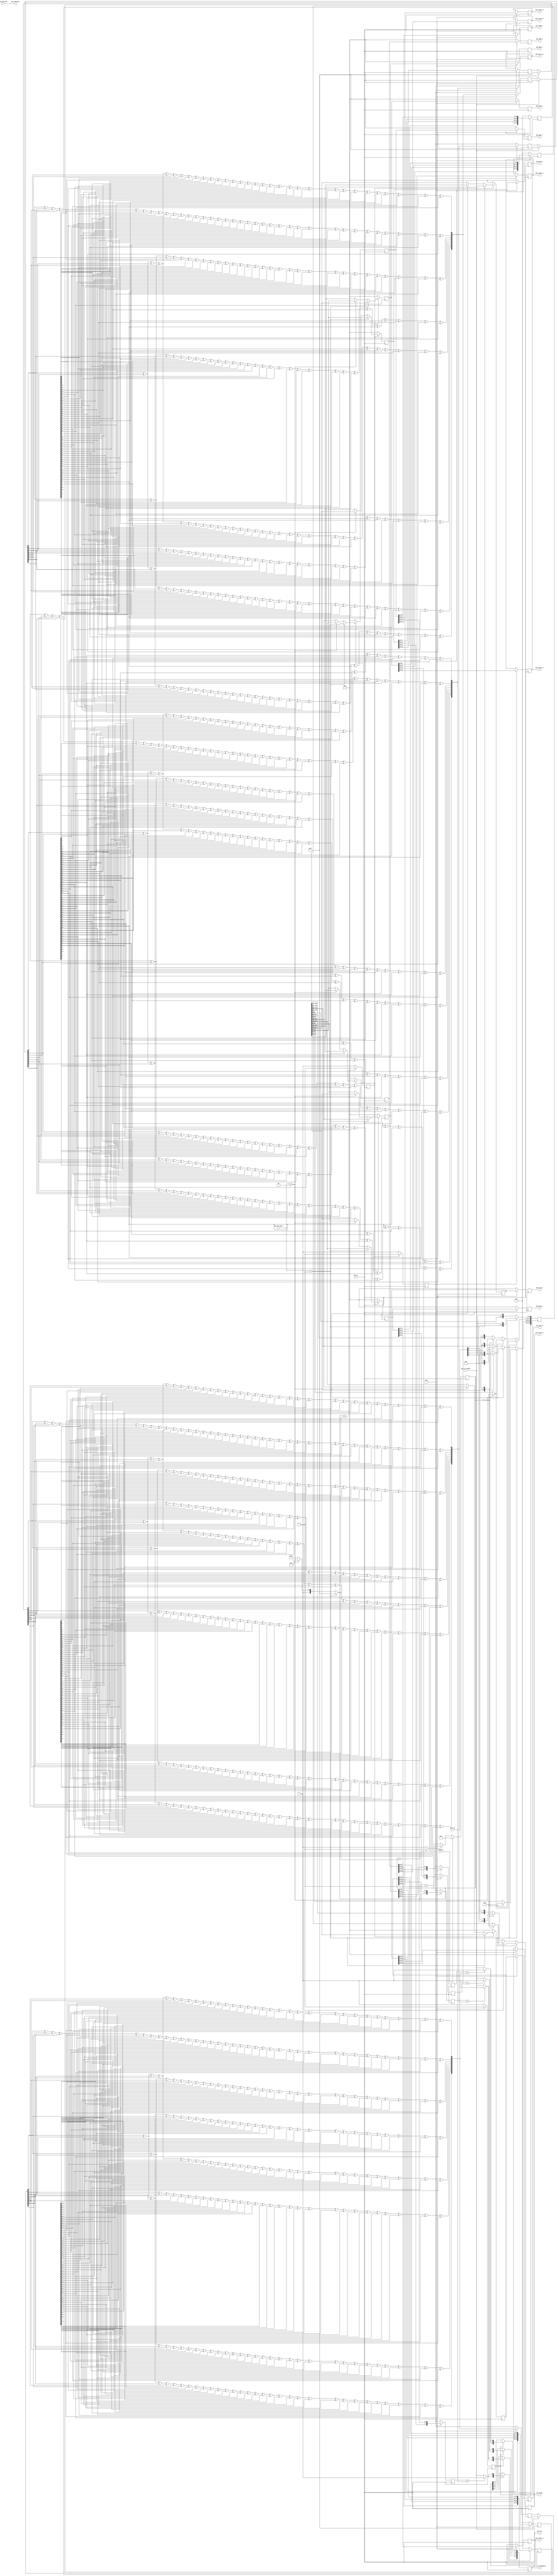
// ***************************************************************************
// ***************************************************************************
// Copyright (C) 2022-2023 Analog Devices, Inc. All rights reserved.
//
// In this HDL repository, there are many different and unique modules, consisting
// of various HDL (Verilog or VHDL) components. The individual modules are
// developed independently, and may be accompanied by separate and unique license
// terms.
//
// The user should read each of these license terms, and understand the
// freedoms and responsibilities that he or she has by using this source/core.
//
// This core is distributed in the hope that it will be useful, but WITHOUT ANY
// WARRANTY; without even the implied warranty of MERCHANTABILITY or FITNESS FOR
// A PARTICULAR PURPOSE.
//
// Redistribution and use of source or resulting binaries, with or without modification
// of this file, are permitted under one of the following two license terms:
//
//   1. The GNU General Public License version 2 as published by the
//      Free Software Foundation, which can be found in the top level directory
//      of this repository (LICENSE_GPL2), and also online at:
//      <https://www.gnu.org/licenses/old-licenses/gpl-2.0.html>
//
// OR
//
//   2. An ADI specific BSD license, which can be found in the top level directory
//      of this repository (LICENSE_ADIBSD), and also on-line at:
//      https://github.com/analogdevicesinc/hdl/blob/master/LICENSE_ADIBSD
//      This will allow to generate bit files and not release the source code,
//      as long as it attaches to an ADI device.
//
// ***************************************************************************
// ***************************************************************************

`timescale 1ns/100ps

module axi_ad777x_if (

  // device-interface

  input                 clk_in,
  input                 ready_in,
  output                sync_adc_mosi,
  input                 sync_adc_miso,
  input   [ 3:0]        data_in,
  input   [ 4:0]        adc_num_lanes,
  input                 adc_crc_enable,

  // data path interface

  output                adc_clk,
  output                adc_valid,
  output   [ 7:0]       adc_crc_ch_mismatch,
  output   [31:0]       adc_data_0,
  output   [31:0]       adc_data_1,
  output   [31:0]       adc_data_2,
  output   [31:0]       adc_data_3,
  output   [31:0]       adc_data_4,
  output   [31:0]       adc_data_5,
  output   [31:0]       adc_data_6,
  output   [31:0]       adc_data_7,
  output   [ 7:0]       adc_status_0,
  output   [ 7:0]       adc_status_1,
  output   [ 7:0]       adc_status_2,
  output   [ 7:0]       adc_status_3,
  output   [ 7:0]       adc_status_4,
  output   [ 7:0]       adc_status_5,
  output   [ 7:0]       adc_status_6,
  output   [ 7:0]       adc_status_7
);

  // internal registers

  reg      [ 8:0]       adc_cnt_p     = 'd0;
  reg                   adc_valid_p   = 'd0;
  reg     [255:0]       adc_data_p    = 'd0;
  reg      [31:0]       adc_data_0_s  = 'd0;
  reg      [31:0]       adc_data_1_s  = 'd0;
  reg      [31:0]       adc_data_2_s  = 'd0;
  reg      [31:0]       adc_data_3_s  = 'd0;
  reg      [31:0]       adc_data_4_s  = 'd0;
  reg      [31:0]       adc_data_5_s  = 'd0;
  reg      [31:0]       adc_data_6_s  = 'd0;
  reg      [31:0]       adc_data_7_s  = 'd0;
  reg      [31:0]       adc_data_0_s_d  = 'd0;
  reg      [31:0]       adc_data_1_s_d  = 'd0;
  reg      [31:0]       adc_data_2_s_d  = 'd0;
  reg      [31:0]       adc_data_3_s_d  = 'd0;
  reg      [31:0]       adc_data_4_s_d  = 'd0;
  reg      [31:0]       adc_data_5_s_d  = 'd0;
  reg      [31:0]       adc_data_6_s_d  = 'd0;
  reg      [31:0]       adc_data_7_s_d  = 'd0;
  reg                   adc_valid_s    = 'b0;
  reg                   adc_valid_s_d  = 'b0;
  reg      [ 7:0]       adc_crc_read_data_0_1 = 'd0;
  reg      [ 7:0]       adc_crc_read_data_2_3 = 'd0;
  reg      [ 7:0]       adc_crc_read_data_4_5 = 'd0;
  reg      [ 7:0]       adc_crc_read_data_6_7 = 'd0;
  reg      [55:0]       adc_crc_data_0_1 = 'd0;
  reg      [55:0]       adc_crc_data_2_3 = 'd0;
  reg      [55:0]       adc_crc_data_4_5 = 'd0;
  reg      [55:0]       adc_crc_data_6_7 = 'd0;
  reg      [ 7:0]       adc_crc_reg_0_1 = 'd0;
  reg      [ 7:0]       adc_crc_reg_2_3 = 'd0;
  reg      [ 7:0]       adc_crc_reg_4_5 = 'd0;
  reg      [ 7:0]       adc_crc_reg_6_7 = 'd0;
  reg      [ 7:0]       adc_status_0_s = 'd0;
  reg      [ 7:0]       adc_status_1_s = 'd0;
  reg      [ 7:0]       adc_status_2_s = 'd0;
  reg      [ 7:0]       adc_status_3_s = 'd0;
  reg      [ 7:0]       adc_status_4_s = 'd0;
  reg      [ 7:0]       adc_status_5_s = 'd0;
  reg      [ 7:0]       adc_status_6_s = 'd0;
  reg      [ 7:0]       adc_status_7_s = 'd0;
  reg      [ 7:0]       adc_crc_ch_mismatch_s = 'd0;

  // internal signals

  wire                  adc_cnt_enable_s;
  wire                  adc_ready_in_s;
  wire    [ 8:0]        adc_cnt_value;
  wire    [ 7:0]        adc_crc_in_s_0_1;
  wire    [ 7:0]        adc_crc_in_s_2_3;
  wire    [ 7:0]        adc_crc_in_s_4_5;
  wire    [ 7:0]        adc_crc_in_s_6_7;
  wire    [ 7:0]        adc_crc_s_0_1;
  wire    [ 7:0]        adc_crc_s_2_3;
  wire    [ 7:0]        adc_crc_s_4_5;
  wire    [ 7:0]        adc_crc_s_6_7;
  wire                  adc_crc_mismatch_s_0_1;
  wire                  adc_crc_mismatch_s_2_3;
  wire                  adc_crc_mismatch_s_4_5;
  wire                  adc_crc_mismatch_s_6_7;

  assign adc_valid      = adc_valid_s_d;
  assign adc_ready_in_s = ready_in;
  assign adc_data_0     = adc_data_0_s_d;
  assign adc_data_1     = adc_data_1_s_d;
  assign adc_data_2     = adc_data_2_s_d;
  assign adc_data_3     = adc_data_3_s_d;
  assign adc_data_4     = adc_data_4_s_d;
  assign adc_data_5     = adc_data_5_s_d;
  assign adc_data_6     = adc_data_6_s_d;
  assign adc_data_7     = adc_data_7_s_d;
  assign sync_adc_mosi  = sync_adc_miso;
  assign adc_clk        = clk_in;

  assign adc_status_0   = adc_status_0_s;
  assign adc_status_1   = adc_status_1_s;
  assign adc_status_2   = adc_status_2_s;
  assign adc_status_3   = adc_status_3_s;
  assign adc_status_4   = adc_status_4_s;
  assign adc_status_5   = adc_status_5_s;
  assign adc_status_6   = adc_status_6_s;
  assign adc_status_7   = adc_status_7_s;
  assign adc_crc_ch_mismatch = adc_crc_ch_mismatch_s;

 // function (crc)

  function  [ 7:0]  crc8;
    input   [55:0]  din;
    input   [ 7:0]  cin;
    reg     [ 7:0]  cout;
    begin
      cout[0] = cin[ 0] ^ cin[ 1] ^ cin[ 2] ^ cin[ 4] ^ cin[ 5] ^ cin[ 6] ^ din[ 0] ^ din[ 6] ^ din[ 7] ^ din[ 8] ^ din[12] ^ din[14] ^ din[16] ^
                din[18] ^ din[19] ^ din[21] ^ din[23] ^ din[28] ^ din[30] ^ din[31] ^ din[34] ^ din[35] ^ din[39] ^ din[40] ^ din[43] ^ din[45] ^
                din[48] ^ din[49] ^ din[50] ^ din[52] ^ din[53] ^ din[54];
      cout[1] = cin[ 0] ^ cin[ 3] ^ cin[ 4] ^ cin[ 7] ^ din[ 0] ^ din[ 1] ^ din[ 6] ^ din[ 9] ^ din[12] ^ din[13] ^ din[14] ^ din[15] ^ din[16] ^
                din[17] ^ din[18] ^ din[20] ^ din[21] ^ din[22] ^ din[23] ^ din[24] ^ din[28] ^ din[29] ^ din[30] ^ din[32] ^ din[34] ^ din[36] ^
                din[39] ^ din[41] ^ din[43] ^ din[44] ^ din[45] ^ din[46] ^ din[48] ^ din[51] ^ din[52] ^ din[55];
      cout[2] = cin[ 0] ^ cin[ 2] ^ cin[ 6] ^ din[ 0] ^ din[ 1] ^ din[ 2] ^ din[ 6] ^ din[ 8] ^ din[10] ^ din[12] ^ din[13] ^ din[15] ^ din[17] ^
                din[22] ^ din[24] ^ din[25] ^ din[28] ^ din[29] ^ din[33] ^ din[34] ^ din[37] ^ din[39] ^ din[42] ^ din[43] ^ din[44] ^ din[46] ^
                din[47] ^ din[48] ^ din[50] ^ din[54];
      cout[3] = cin[ 0] ^ cin[ 1] ^ cin[ 3] ^ cin[ 7] ^ din[ 1] ^ din[ 2] ^ din[ 3] ^ din[ 7] ^ din[ 9] ^ din[11] ^ din[13] ^ din[14] ^ din[16] ^
                din[18] ^ din[23] ^ din[25] ^ din[26] ^ din[29] ^ din[30] ^ din[34] ^ din[35] ^ din[38] ^ din[40] ^ din[43] ^ din[44] ^ din[45] ^
                din[47] ^ din[48] ^ din[49] ^ din[51] ^ din[55];
      cout[4] = cin[ 0] ^ cin[ 1] ^ cin[ 2] ^ cin[ 4] ^ din[ 2] ^ din[ 3] ^ din[ 4] ^ din[ 8] ^ din[10] ^ din[12] ^ din[14] ^ din[15] ^ din[17] ^
                din[19] ^ din[24] ^ din[26] ^ din[27] ^ din[30] ^ din[31] ^ din[35] ^ din[36] ^ din[39] ^ din[41] ^ din[44] ^ din[45] ^ din[46] ^
                din[48] ^ din[49] ^ din[50] ^ din[52];
      cout[5] = cin[ 1] ^ cin[ 2] ^ cin[ 3] ^ cin[ 5] ^ din[ 3] ^ din[ 4] ^ din[ 5] ^ din[ 9] ^ din[11] ^ din[13] ^ din[15] ^ din[16] ^ din[18] ^
                din[20] ^ din[25] ^ din[27] ^ din[28] ^ din[31] ^ din[32] ^ din[36] ^ din[37] ^ din[40] ^ din[42] ^ din[45] ^ din[46] ^ din[47] ^
                din[49] ^ din[50] ^ din[51] ^ din[53];
      cout[6] = cin[ 0] ^ cin[ 2] ^ cin[ 3] ^ cin[ 4] ^ cin[ 6] ^ din[ 4] ^ din[ 5] ^ din[ 6] ^ din[10] ^ din[12] ^ din[14] ^ din[16] ^ din[17] ^
                din[19] ^ din[21] ^ din[26] ^ din[28] ^ din[29] ^ din[32] ^ din[33] ^ din[37] ^ din[38] ^ din[41] ^ din[43] ^ din[46] ^ din[47] ^
                din[48] ^ din[50] ^ din[51] ^ din[52] ^ din[54];
      cout[7] = cin[ 0] ^ cin[ 1] ^ cin[ 3] ^ cin[ 4] ^ cin[ 5] ^ cin[ 7] ^ din[ 5] ^ din[ 6] ^ din[ 7] ^ din[11] ^ din[13] ^ din[15] ^ din[17] ^
                din[18] ^ din[20] ^ din[22] ^ din[27] ^ din[29] ^ din[30] ^ din[33] ^ din[34] ^ din[38] ^ din[39] ^ din[42] ^ din[44] ^ din[47] ^
                din[48] ^ din[49] ^ din[51] ^ din[52] ^ din[53] ^ din[55];
      crc8 = cout;
    end
  endfunction

  //crc computing

  assign adc_crc_s_0_1 = crc8(adc_crc_data_0_1, adc_crc_in_s_0_1);
  assign adc_crc_s_2_3 = crc8(adc_crc_data_2_3, adc_crc_in_s_2_3);
  assign adc_crc_s_4_5 = crc8(adc_crc_data_4_5, adc_crc_in_s_4_5);
  assign adc_crc_s_6_7 = crc8(adc_crc_data_6_7, adc_crc_in_s_6_7);

  assign adc_crc_in_s_0_1 = (adc_crc_enable == 'd1) ? 8'hff : adc_crc_reg_0_1;
  assign adc_crc_in_s_2_3 = (adc_crc_enable == 'd1) ? 8'hff : adc_crc_reg_2_3;
  assign adc_crc_in_s_4_5 = (adc_crc_enable == 'd1) ? 8'hff : adc_crc_reg_4_5;
  assign adc_crc_in_s_6_7 = (adc_crc_enable == 'd1) ? 8'hff : adc_crc_reg_6_7;

  assign adc_crc_mismatch_s_0_1 = (adc_crc_read_data_0_1 == adc_crc_s_0_1) ? 1'b0 : adc_crc_enable;
  assign adc_crc_mismatch_s_2_3 = (adc_crc_read_data_2_3 == adc_crc_s_2_3) ? 1'b0 : adc_crc_enable;
  assign adc_crc_mismatch_s_4_5 = (adc_crc_read_data_4_5 == adc_crc_s_4_5) ? 1'b0 : adc_crc_enable;
  assign adc_crc_mismatch_s_6_7 = (adc_crc_read_data_6_7 == adc_crc_s_6_7) ? 1'b0 : adc_crc_enable;

  always @(posedge adc_clk) begin
   adc_status_0_s   <= (adc_valid_s == 1'b1 ) ? adc_data_0_s[31:24]: adc_status_0_s;
   adc_status_1_s   <= (adc_valid_s == 1'b1 ) ? adc_data_1_s[31:24]: adc_status_1_s;
   adc_status_2_s   <= (adc_valid_s == 1'b1 ) ? adc_data_2_s[31:24]: adc_status_2_s;
   adc_status_3_s   <= (adc_valid_s == 1'b1 ) ? adc_data_3_s[31:24]: adc_status_3_s;
   adc_status_4_s   <= (adc_valid_s == 1'b1 ) ? adc_data_4_s[31:24]: adc_status_4_s;
   adc_status_5_s   <= (adc_valid_s == 1'b1 ) ? adc_data_5_s[31:24]: adc_status_5_s;
   adc_status_6_s   <= (adc_valid_s == 1'b1 ) ? adc_data_6_s[31:24]: adc_status_6_s;
   adc_status_7_s   <= (adc_valid_s == 1'b1 ) ? adc_data_7_s[31:24]: adc_status_7_s;

   adc_crc_ch_mismatch_s[1:0] <= (adc_valid_s_d == 1'b1 ) ? {2{adc_crc_mismatch_s_0_1}} : adc_crc_ch_mismatch_s[1:0];
   adc_crc_ch_mismatch_s[3:2] <= (adc_valid_s_d == 1'b1 ) ? {2{adc_crc_mismatch_s_2_3}} : adc_crc_ch_mismatch_s[3:2];
   adc_crc_ch_mismatch_s[5:4] <= (adc_valid_s_d == 1'b1 ) ? {2{adc_crc_mismatch_s_4_5}} : adc_crc_ch_mismatch_s[5:4];
   adc_crc_ch_mismatch_s[7:6] <= (adc_valid_s_d == 1'b1 ) ? {2{adc_crc_mismatch_s_6_7}} : adc_crc_ch_mismatch_s[7:6];
  end

  // crc generation/validation data

  always @(posedge adc_clk) begin
    if (adc_valid_s == 1'b1) begin
      adc_crc_reg_0_1        <= adc_crc_s_0_1;
      adc_crc_reg_2_3        <= adc_crc_s_2_3;
      adc_crc_reg_4_5        <= adc_crc_s_4_5;
      adc_crc_reg_6_7        <= adc_crc_s_6_7;
      adc_crc_read_data_0_1  <= {adc_data_0_s[27:24],adc_data_1_s[27:24]};
      adc_crc_read_data_2_3  <= {adc_data_2_s[27:24],adc_data_3_s[27:24]};
      adc_crc_read_data_4_5  <= {adc_data_4_s[27:24],adc_data_5_s[27:24]};
      adc_crc_read_data_6_7  <= {adc_data_6_s[27:24],adc_data_7_s[27:24]};
      adc_crc_data_0_1       <= {adc_data_0_s[31:28],adc_data_0_s[23:0],adc_data_1_s[31:28],adc_data_1_s[23:0]};
      adc_crc_data_2_3       <= {adc_data_2_s[31:28],adc_data_2_s[23:0],adc_data_3_s[31:28],adc_data_3_s[23:0]};
      adc_crc_data_4_5       <= {adc_data_4_s[31:28],adc_data_4_s[23:0],adc_data_5_s[31:28],adc_data_5_s[23:0]};
      adc_crc_data_6_7       <= {adc_data_6_s[31:28],adc_data_6_s[23:0],adc_data_7_s[31:28],adc_data_7_s[23:0]};
    end else begin
      adc_crc_reg_0_1        <= 'd0;
      adc_crc_reg_2_3        <= 'd0;
      adc_crc_reg_4_5        <= 'd0;
      adc_crc_reg_6_7        <= 'd0;
      adc_crc_read_data_0_1  <= 'd0;
      adc_crc_read_data_2_3  <= 'd0;
      adc_crc_read_data_4_5  <= 'd0;
      adc_crc_read_data_6_7  <= 'd0;
      adc_crc_data_0_1       <= 'd0;
      adc_crc_data_2_3       <= 'd0;
      adc_crc_data_4_5       <= 'd0;
      adc_crc_data_6_7       <= 'd0;
    end
  end

  //delay data 1 clk for data, data_valid and crc mismatch for alignment

  always @(posedge adc_clk) begin
    if (adc_valid_s == 1'b1) begin
      adc_data_0_s_d <= adc_data_0_s;
      adc_data_1_s_d <= adc_data_1_s;
      adc_data_2_s_d <= adc_data_2_s;
      adc_data_3_s_d <= adc_data_3_s;
      adc_data_4_s_d <= adc_data_4_s;
      adc_data_5_s_d <= adc_data_5_s;
      adc_data_6_s_d <= adc_data_6_s;
      adc_data_7_s_d <= adc_data_7_s;
      adc_valid_s_d  <= adc_valid_s;
    end else begin
      adc_data_0_s_d <= 32'b0;
      adc_data_1_s_d <= 32'b0;
      adc_data_2_s_d <= 32'b0;
      adc_data_3_s_d <= 32'b0;
      adc_data_4_s_d <= 32'b0;
      adc_data_5_s_d <= 32'b0;
      adc_data_6_s_d <= 32'b0;
      adc_data_7_s_d <= 32'b0;
      adc_valid_s_d  <=  1'b0;
    end
  end

  always @(posedge adc_clk) begin
    if (adc_valid_p == 1'b1) begin
      if( adc_num_lanes == 'h1) begin
        adc_data_0_s <= adc_data_p[((32*7)+31):(32*7)];
        adc_data_1_s <= adc_data_p[((32*6)+31):(32*6)];
        adc_data_2_s <= adc_data_p[((32*5)+31):(32*5)];
        adc_data_3_s <= adc_data_p[((32*4)+31):(32*4)];
        adc_data_4_s <= adc_data_p[((32*3)+31):(32*3)];
        adc_data_5_s <= adc_data_p[((32*2)+31):(32*2)];
        adc_data_6_s <= adc_data_p[((32*1)+31):(32*1)];
        adc_data_7_s <= adc_data_p[((32*0)+31):(32*0)];
      end else if( adc_num_lanes == 'h2) begin
        adc_data_0_s <= adc_data_p[((32*3)+31):(32*3)];
        adc_data_1_s <= adc_data_p[((32*2)+31):(32*2)];
        adc_data_2_s <= adc_data_p[((32*1)+31):(32*1)];
        adc_data_3_s <= adc_data_p[((32*0)+31):(32*0)];
        adc_data_4_s <= adc_data_p[((32*7)+31):(32*7)];
        adc_data_5_s <= adc_data_p[((32*6)+31):(32*6)];
        adc_data_6_s <= adc_data_p[((32*5)+31):(32*5)];
        adc_data_7_s <= adc_data_p[((32*4)+31):(32*4)];
      end else begin
        adc_data_0_s <= adc_data_p[((32*1)+31):(32*1)];
        adc_data_1_s <= adc_data_p[((32*0)+31):(32*0)];
        adc_data_2_s <= adc_data_p[((32*3)+31):(32*3)];
        adc_data_3_s <= adc_data_p[((32*2)+31):(32*2)];
        adc_data_4_s <= adc_data_p[((32*5)+31):(32*5)];
        adc_data_5_s <= adc_data_p[((32*4)+31):(32*4)];
        adc_data_6_s <= adc_data_p[((32*7)+31):(32*7)];
        adc_data_7_s <= adc_data_p[((32*6)+31):(32*6)];
      end
      adc_valid_s    <= adc_valid_p;
    end else begin
      adc_data_0_s <= 32'b0;
      adc_data_1_s <= 32'b0;
      adc_data_2_s <= 32'b0;
      adc_data_3_s <= 32'b0;
      adc_data_4_s <= 32'b0;
      adc_data_5_s <= 32'b0;
      adc_data_6_s <= 32'b0;
      adc_data_7_s <= 32'b0;
	    adc_valid_s  <=  1'b0;
    end
  end

  assign adc_cnt_value = (adc_num_lanes == 'h1) ? 'hff :
                        ((adc_num_lanes == 'h2)? 'h7f : 'h3f);

  assign adc_cnt_enable_s = (adc_cnt_p < adc_cnt_value) ? 1'b1 : 1'b0;

  always @(negedge adc_clk) begin
    if (adc_ready_in_s == 1'b1) begin
      adc_cnt_p <= 'h000;
    end else if (adc_cnt_enable_s == 1'b1) begin
      adc_cnt_p <= adc_cnt_p + 1'b1;
    end
     if (adc_cnt_p == adc_cnt_value) begin
      adc_valid_p <= 1'b1;
    end else begin
      adc_valid_p <= 1'b0;
    end
  end

  // data (individual lanes)

  always @(negedge adc_clk) begin
    if( adc_num_lanes == 'h1) begin
      if (adc_cnt_p == 'h000 ) begin
        adc_data_p[((256*0)+255):(256*0)] <= {255'd0, data_in[0]};
      end else begin
        adc_data_p[((256*0)+255):(255*0)] <= {adc_data_p[((256*0)+254):(256*0)], data_in[0]};
      end
    end else if( adc_num_lanes == 'h2) begin
     if (adc_cnt_p == 'h000 ) begin
        adc_data_p[((128*0)+127):(128*0)] <= {127'd0, data_in[0]};
        adc_data_p[((128*1)+127):(128*1)] <= {127'd0, data_in[1]};
      end else begin
        adc_data_p[((128*0)+127):(128*0)] <= {adc_data_p[((128*0)+126):(128*0)], data_in[0]};
        adc_data_p[((128*1)+127):(128*1)] <= {adc_data_p[((128*1)+126):(128*1)], data_in[1]};
      end
    end else begin
     if (adc_cnt_p == 'h000 ) begin
        adc_data_p[((64*0)+63):(64*0)] <= {63'd0, data_in[0]};
        adc_data_p[((64*1)+63):(64*1)] <= {63'd0, data_in[1]};
        adc_data_p[((64*2)+63):(64*2)] <= {63'd0, data_in[2]};
        adc_data_p[((64*3)+63):(64*3)] <= {63'd0, data_in[3]};
      end else begin
        adc_data_p[((64*0)+63):(64*0)] <= {adc_data_p[((64*0)+62):(64*0)], data_in[0]};
        adc_data_p[((64*1)+63):(64*1)] <= {adc_data_p[((64*1)+62):(64*1)], data_in[1]};
        adc_data_p[((64*2)+63):(64*2)] <= {adc_data_p[((64*2)+62):(64*2)], data_in[2]};
        adc_data_p[((64*3)+63):(64*3)] <= {adc_data_p[((64*3)+62):(64*3)], data_in[3]};
      end
    end
  end
endmodule